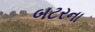
બટરના